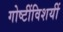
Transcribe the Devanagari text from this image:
गोष्टींविशयीं